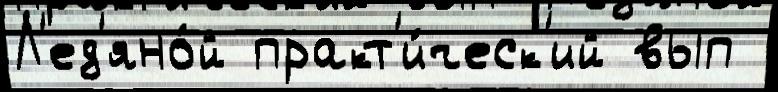
Л'ед'яно́й практ'и́ческ'ий вып